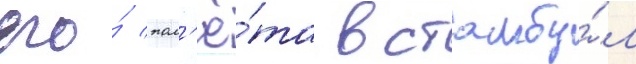
его́ пол'ё́та в стамбу́л